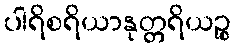
ပါရိစရိယာနုတ္တရိယဉ္စ